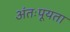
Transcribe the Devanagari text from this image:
अंतःपूयता